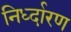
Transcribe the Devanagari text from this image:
निर्ध्दारण